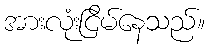
အားလုံးငြိမ်နေသည်။